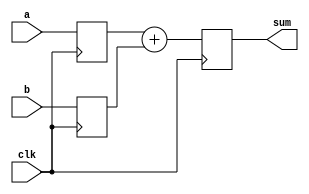
`define ADDER_WIDTH 159
`define DUMMY_WIDTH 128

module adder_top (
	clk,
	a,
	b,
	sum,
	// dummy
);
	input clk;
	input  [`ADDER_WIDTH-1:0] a;
	input  [`ADDER_WIDTH-1:0] b;
	output [`ADDER_WIDTH  :0] sum;
	reg    [`ADDER_WIDTH  :0] sum;
	// output [`DUMMY_WIDTH-1:0] dummy;
	// reg [`DUMMY_WIDTH-1:0] dummy;

	reg [`ADDER_WIDTH-1:0] a_reg;
	reg [`ADDER_WIDTH-1:0] b_reg;

	always @(posedge clk) begin
		a_reg <= a;
		b_reg <= b;
		sum <= a_reg + b_reg;
	end

	// assign dummy = dummy;

	// always @(posedge clk) begin
	// 	dummy[0] <= a[0];
	// 	dummy[`DUMMY_WIDTH-1:1] <= dummy[`DUMMY_WIDTH-2:0];
	// end
endmodule